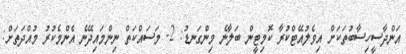
އަންދާސީހިސާބުތަކަށް އިވެލުއޭޓްކުރާ ކޮމިޓީން ބަލާނެ މިންގަނޑު: 2- މަސައްކަތް ނިންމައިދޭނެ އެންމެކުރު މުއްދަތަށް: